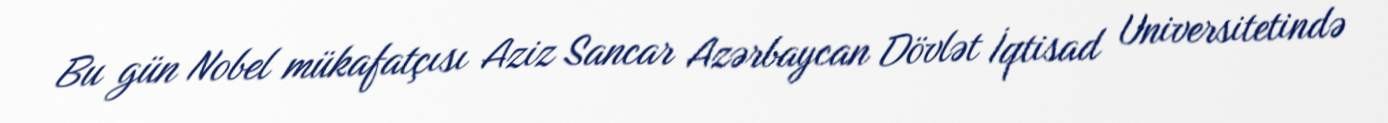
Bu gün Nobel mükafatçısı Aziz Sancar Azərbaycan Dövlət İqtisad Universitetində